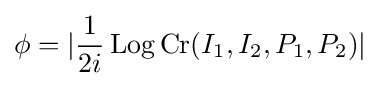
\phi =|{\frac {1}{2i}}\operatorname {Log} \operatorname {Cr} (I_{1},I_{2},P_{1},P_{2})|